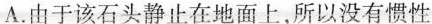
A.由于该石头静止在地面上，所以没有惯性